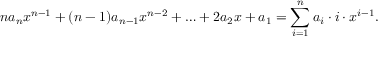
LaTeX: n a _ { n } x ^ { n - 1 } + ( n - 1 ) a _ { n - 1 } x ^ { n - 2 } + \ldots + 2 a _ { 2 } x + a _ { 1 } = \sum _ { i = 1 } ^ { n } a _ { i } \cdot i \cdot x ^ { i - 1 } .